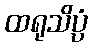
ထရုသိပ္ပံ